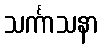
သင်္ကာသနာ